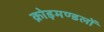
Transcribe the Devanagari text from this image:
क्रोड़मण्डलों